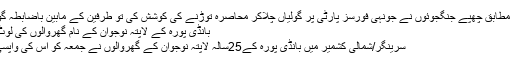
اطلاعات کے مطابق چھپے جنگجوئوں نے جونہی فورسز پارٹی پر گولیاں چلاکر محاصرہ توڑنے کی کوشش کی تو طرفین کے مابین باضابطہ گولیوں کا تبادلہ
بانڈی پورہ کے لاپتہ نوجوان کے نام گھروالوں کی لوٹ آنے کی اپیل
سرینگر/شمالی کشمیر میں بانڈی پورہ کے25سالہ لاپتہ نوجوان کے گھروالوں نے جمعہ کو اُس کی واپسی کی اپیل کی۔